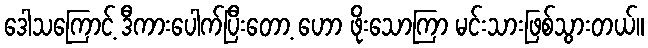
ဒေါသကြောင့် ဒီကားပေါက်ပြီးတော့ ဟော ဖိုးသောကြာ မင်းသားဖြစ်သွားတယ်။